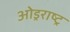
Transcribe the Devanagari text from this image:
ओड्रराष्ट्र